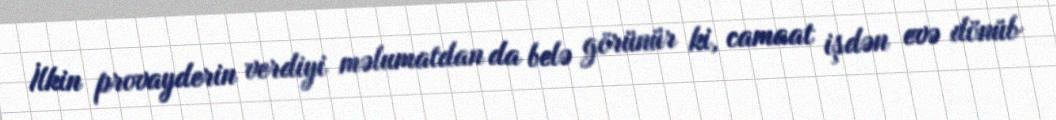
İlkin provayderin verdiyi məlumatdan da belə görünür ki, camaat işdən evə dönüb